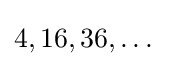
4,16,36,\dots